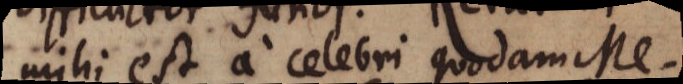
mihi est a celebri quodam Me-